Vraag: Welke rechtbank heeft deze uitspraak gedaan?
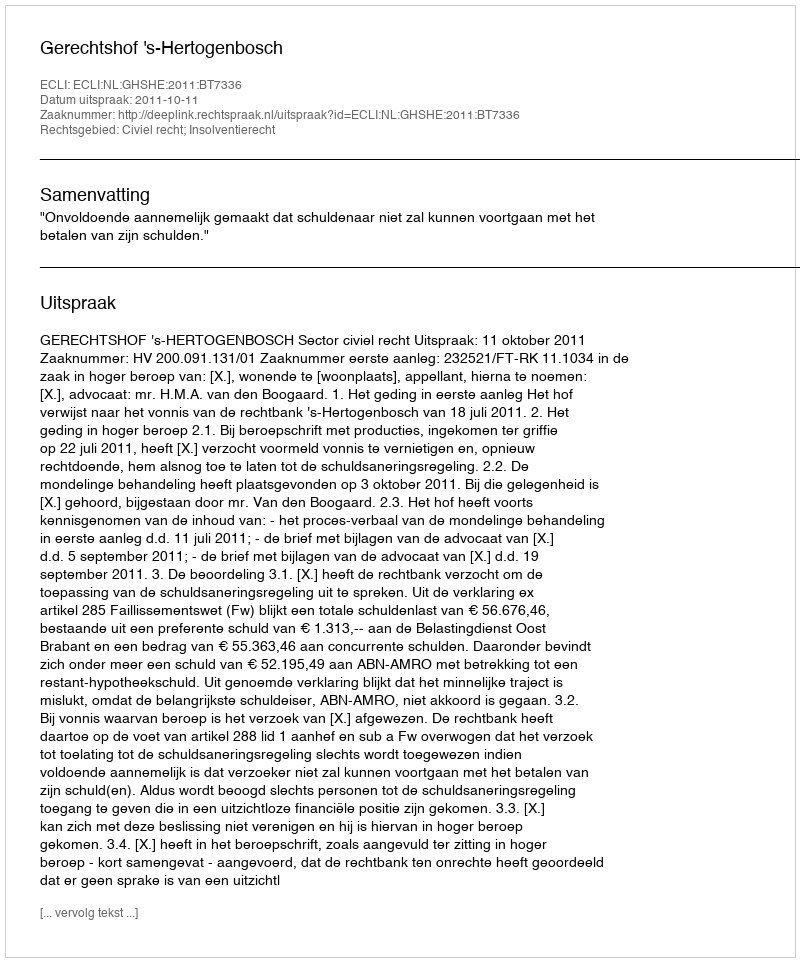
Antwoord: Gerechtshof 's-Hertogenbosch